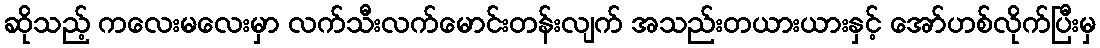
ဆိုသည့် ကလေးမလေးမှာ လက်သီးလက်မောင်းတန်းလျက် အသည်းတယားယားနှင့် အော်ဟစ်လိုက်ပြီးမှ